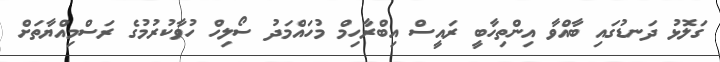
ގަލޮޅު ދަނޑުގައި ބާއްވާ އިންތިހާބީ ރައީސް އިބްރާހިމް މުހައްމަދު ސޯލިހް ހުވާކުރުމުގެ ރަސްމިއްޔާތަށް